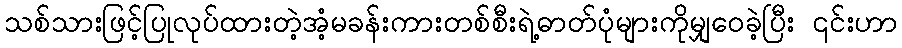
သစ်သားဖြင့်ပြုလုပ်ထားတဲ့အံ့မခန်းကားတစ်စီးရဲ့ဓာတ်ပုံများကိုမျှဝေခဲ့ပြီး ၎င်းဟာ